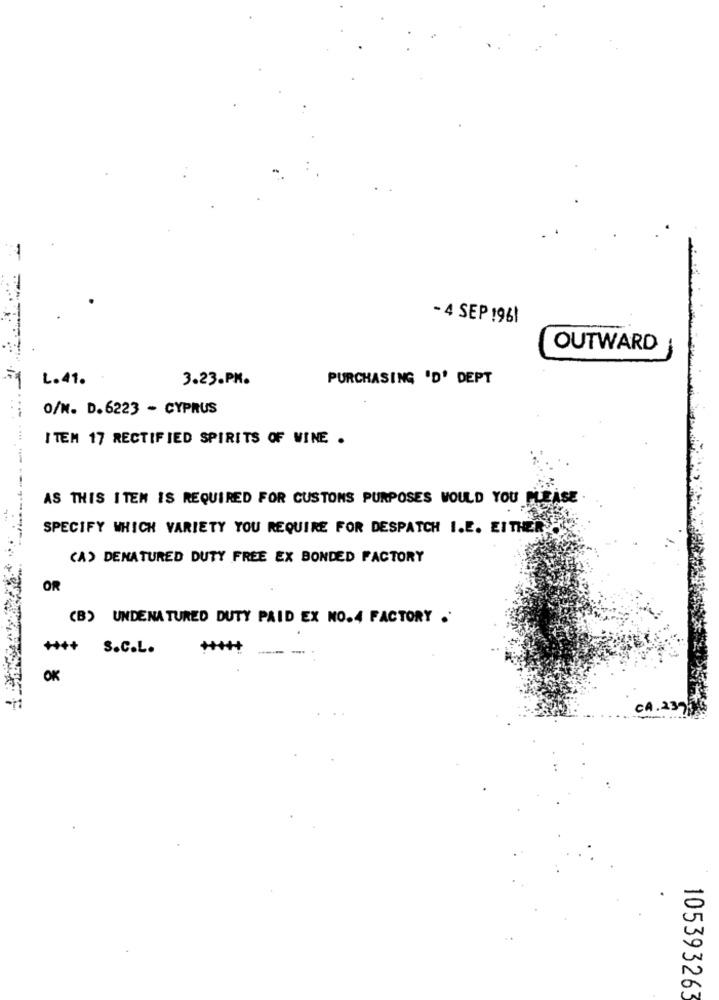
- 4 SEP 1961
OUTWARD
L. 41.
3.23.PM.
PURCHASING 'D' DEPT
O/N. D.6223 - CYPRUS
ITEM 17 RECTIFIED SPIRITS OF WINE .
AS THIS ITEM IS REQUIRED FOR CUSTONS PURPOSES WOULD YOU PLEASE
SPECIFY WHICH VARIETY YOU REQUIRE FOR DESPATCH I.E. EITHER
(A) DENATURED DUTY FREE EX BONDED FACTORY
OR
(B) UNDENATURED DUTY PAID EX NO.4 FACTORY .
+++ S.C.L.
-.
OK
CA.
105393263